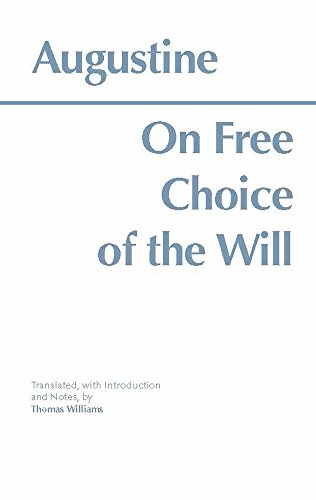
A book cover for On Free Choice of the Will (Hackett Classics); Saint Augustine of Hippo; Politics & Social Sciences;